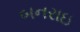
બનરાઇ